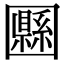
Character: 𡈴